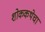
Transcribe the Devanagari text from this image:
शोककथेचा